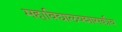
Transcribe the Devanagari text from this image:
महाविद्यालयशासकीय